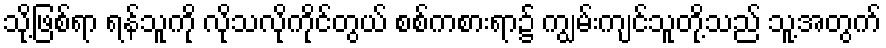
သို့ဖြစ်ရာ ရန်သူကို လိုသလိုကိုင်တွယ် စစ်ကစားရာ၌ ကျွမ်းကျင်သူတို့သည် သူ့အတွက်